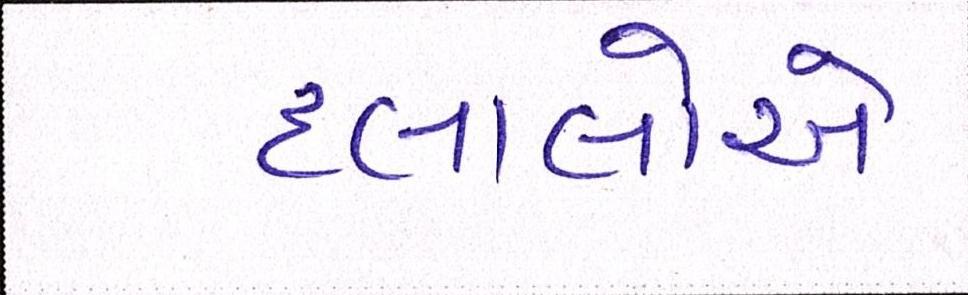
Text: દલાલોએ